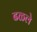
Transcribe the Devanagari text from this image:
ढळले